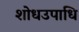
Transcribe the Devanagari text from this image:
शोधउपाधि